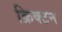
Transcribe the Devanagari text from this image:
क्रिक्टन